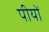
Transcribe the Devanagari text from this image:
पीयों